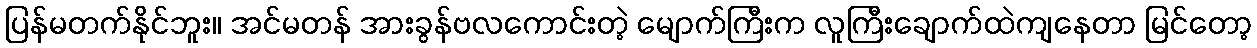
ပြန်မတက်နိုင်ဘူး။ အင်မတန် အားခွန်ဗလကောင်းတဲ့ မျောက်ကြီးက လူကြီးချောက်ထဲကျနေတာ မြင်တော့